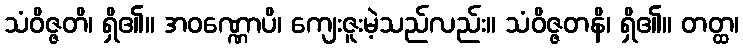
သံဝိဇ္ဇတိ၊ ရှိ၏။ အဝဏ္ဏောပိ၊ ကျေးဇူးမဲ့သည်လည်း။ သံဝိဇ္ဇတနိ၊ ရှိ၏။ တတ္ထ၊